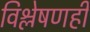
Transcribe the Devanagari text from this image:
विश्लेषणही